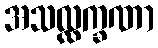
အသလ္လက္ခဏာ